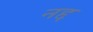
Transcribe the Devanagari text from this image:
नद्द